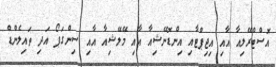
އޮސްޓްރޭލިއާ އާއި އިޖިޕްޓާއި އިންޑޮނޭޝިއާ އާއި މޭލޭޝިއާ އާއި ސިންގަޕޯ އަދި ތައިލެންޑް